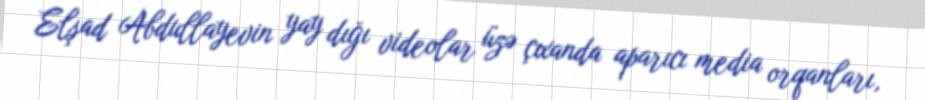
Elşad Abdullayevin yay dığı videolar üzə çıxanda aparıcı media orqanları,